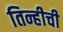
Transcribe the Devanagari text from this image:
तिन्हीची